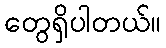
တွေရှိပါတယ်။